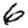
Digit: 6